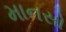
માનસો